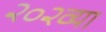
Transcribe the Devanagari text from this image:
२०२व्या